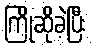
ကြိုဆိုခဲ့ပြီး